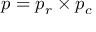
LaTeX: p = p _ { r } \times p _ { c }